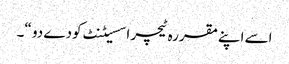
اسے اپنےمقررہ ٹیچر اسسیٹنٹ کودے دو “۔